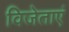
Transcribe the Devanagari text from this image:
विजेताएं